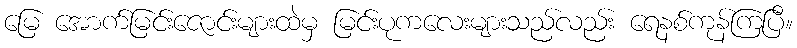
မြေ အောက်မြင်းဇောင်းများထဲမှ မြင်းပုကလေးများသည်လည်း ရေနစ်ကုန်ကြပြီ။